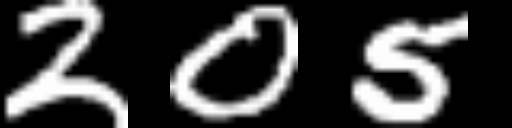
Text: 205